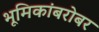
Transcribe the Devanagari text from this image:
भूमिकांबरोबर